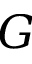
G